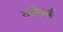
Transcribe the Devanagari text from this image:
कोवर्क